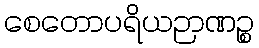
စေတောပရိယဉာဏဉ္စ